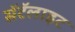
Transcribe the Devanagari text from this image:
सॅटॅलाइट